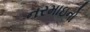
નરમાઇનો